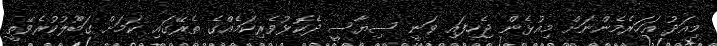
މިއަދު އަހަރެމެންނަށް މިއުޅެން ޖެހިފައި ވަނީ ސިޔާސީ ދެކޮޅުވެރިކަމެއްގެ ތެރޭގައި ކަމަށް ގަބޫލުކުރެވޭތީ